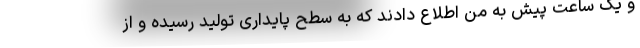
و یک ساعت پیش به من اطلاع دادند که به سطح پایداری تولید رسیده و از